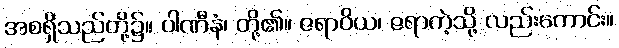
အစရှိသည်တို့၌။ ပါဏီနံ၊ တို့၏။ ဇရာဝိယ၊ ဇရာကဲ့သို့ လည်းကောင်း။